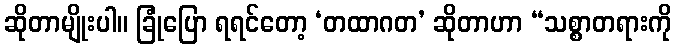
ဆိုတာမျိုးပါ။ ခြုံပြော ရရင်တော့ ‘တထာဂတ’ ဆိုတာဟာ “သစ္စာတရားကို